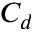
C _ { d }